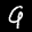
Label: 9